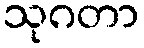
သုဂတာ